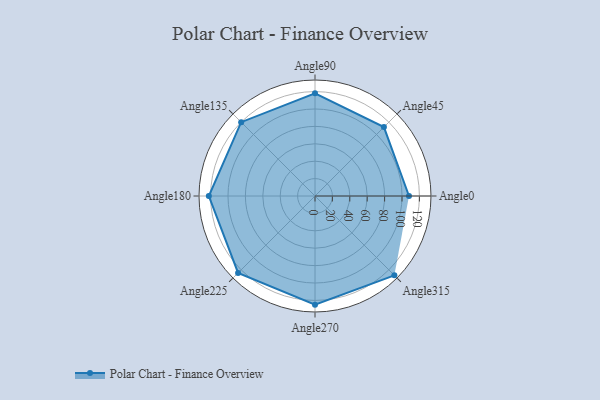
{"axis": {"x": "Angle", "y": "Radius"}, "legend": [""], "data": [{"x": "Angle0", "y": 108.0, "type": ""}, {"x": "Angle45", "y": 112.0, "type": ""}, {"x": "Angle90", "y": 118.0, "type": ""}, {"x": "Angle135", "y": 120.0, "type": ""}, {"x": "Angle180", "y": 122.0, "type": ""}, {"x": "Angle225", "y": 125.0, "type": ""}, {"x": "Angle270", "y": 125.0, "type": ""}, {"x": "Angle315", "y": 129.0, "type": ""}]}